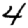
Digit: 4